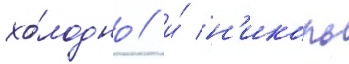
хо́лодно / и́ н'иколь